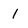
Character: 1